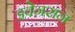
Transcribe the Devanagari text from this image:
इवेनसन